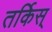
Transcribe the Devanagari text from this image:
तर्किस्